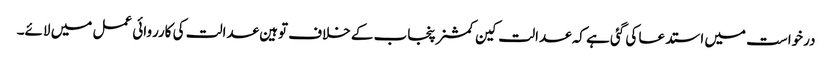
درخواست میں استدعا کی گئی ہے کہ عدالت کین کمشنر پنجاب کے خلاف توہین عدالت کی کارروائی عمل میں لائے۔